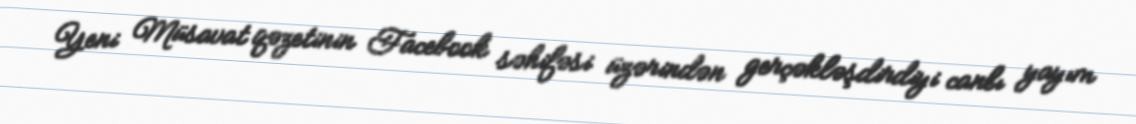
Yeni Müsavat qəzetinin Facebook səhifəsi üzərindən gerçəkləşdirdiyi canlı yayım